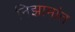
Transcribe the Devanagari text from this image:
निझामांत